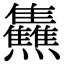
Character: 𤓬